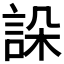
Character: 𧧨